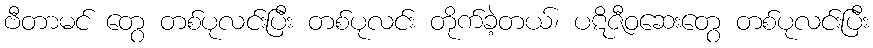
ဗီတာမင် တွေ တစ်ပုလင်းပြီး တစ်ပုလင်း တိုက်ခဲ့တယ်၊ ပဋိဇီဝဆေးတွေ တစ်ပုလင်းပြီး